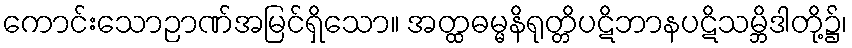
ကောင်းသောဉာဏ်အမြင်ရှိသော။ အတ္ထဓမ္မနိရုတ္တိပဋိဘာနပဋိသမ္ဘိဒါတို့၌၊